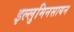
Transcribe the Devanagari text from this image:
इल्लुमिनसायन